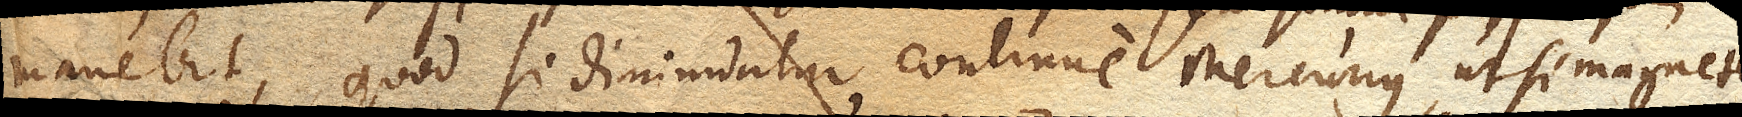
manebit, quod si diminuatur continue Mercurius, ut si magnete